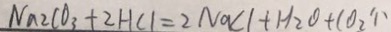
N a _ { 2 } C O _ { 3 } + 2 H C l = 2 N a C l + H _ { 2 } O + C O _ { 2 } \uparrow